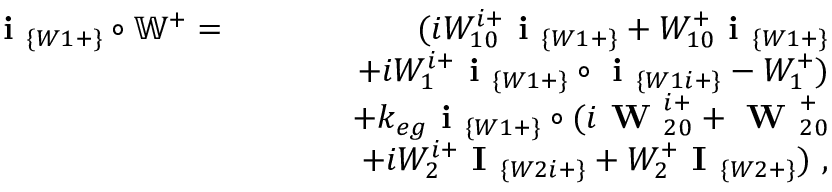
\begin{array} { r l r } { \textbf { i } _ { \{ W 1 + \} } \circ \mathbb { W } ^ { + } = } & { } & { ( i W _ { 1 0 } ^ { i + } \textbf { i } _ { \{ W 1 + \} } + W _ { 1 0 } ^ { + } \textbf { i } _ { \{ W 1 + \} } } \\ & { } & { ~ ~ ~ ~ ~ ~ + i W _ { 1 } ^ { i + } \textbf { i } _ { \{ W 1 + \} } \circ \textbf { i } _ { \{ W 1 i + \} } - W _ { 1 } ^ { + } ) } \\ & { } & { + k _ { e g } \textbf { i } _ { \{ W 1 + \} } \circ ( i \textbf { W } _ { 2 0 } ^ { i + } + \textbf { W } _ { 2 0 } ^ { + } } \\ & { } & { ~ ~ ~ ~ ~ ~ + i W _ { 2 } ^ { i + } \textbf { I } _ { \{ W 2 i + \} } + W _ { 2 } ^ { + } \textbf { I } _ { \{ W 2 + \} } ) ~ , } \end{array}